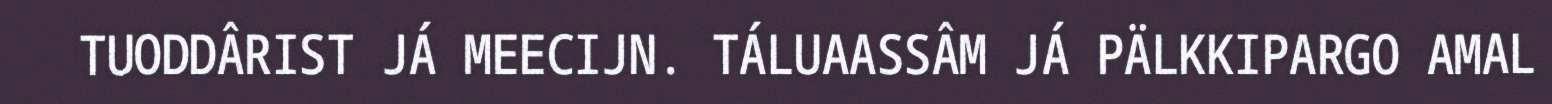
TUODDÂRIST JÁ MEECIJN. TÁLUAASSÂM JÁ PÄLKKIPARGO AMAL